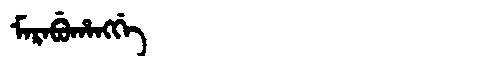
Manchu: ᠮᠠᡵᠠᠪᡠᡥᠠᠩᡤᡝ
Romanization: MARABUHANGGE